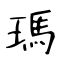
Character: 瑪